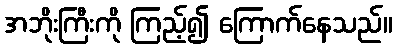
အဘိုးကြီးကို ကြည့်၍ ကြောက်နေသည်။